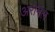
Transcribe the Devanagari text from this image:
अरोमल